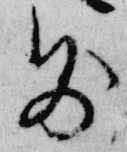
則